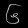
Digit: ၆